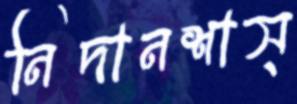
নিদানশাস্